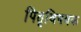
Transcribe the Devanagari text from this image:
पितृविषयक